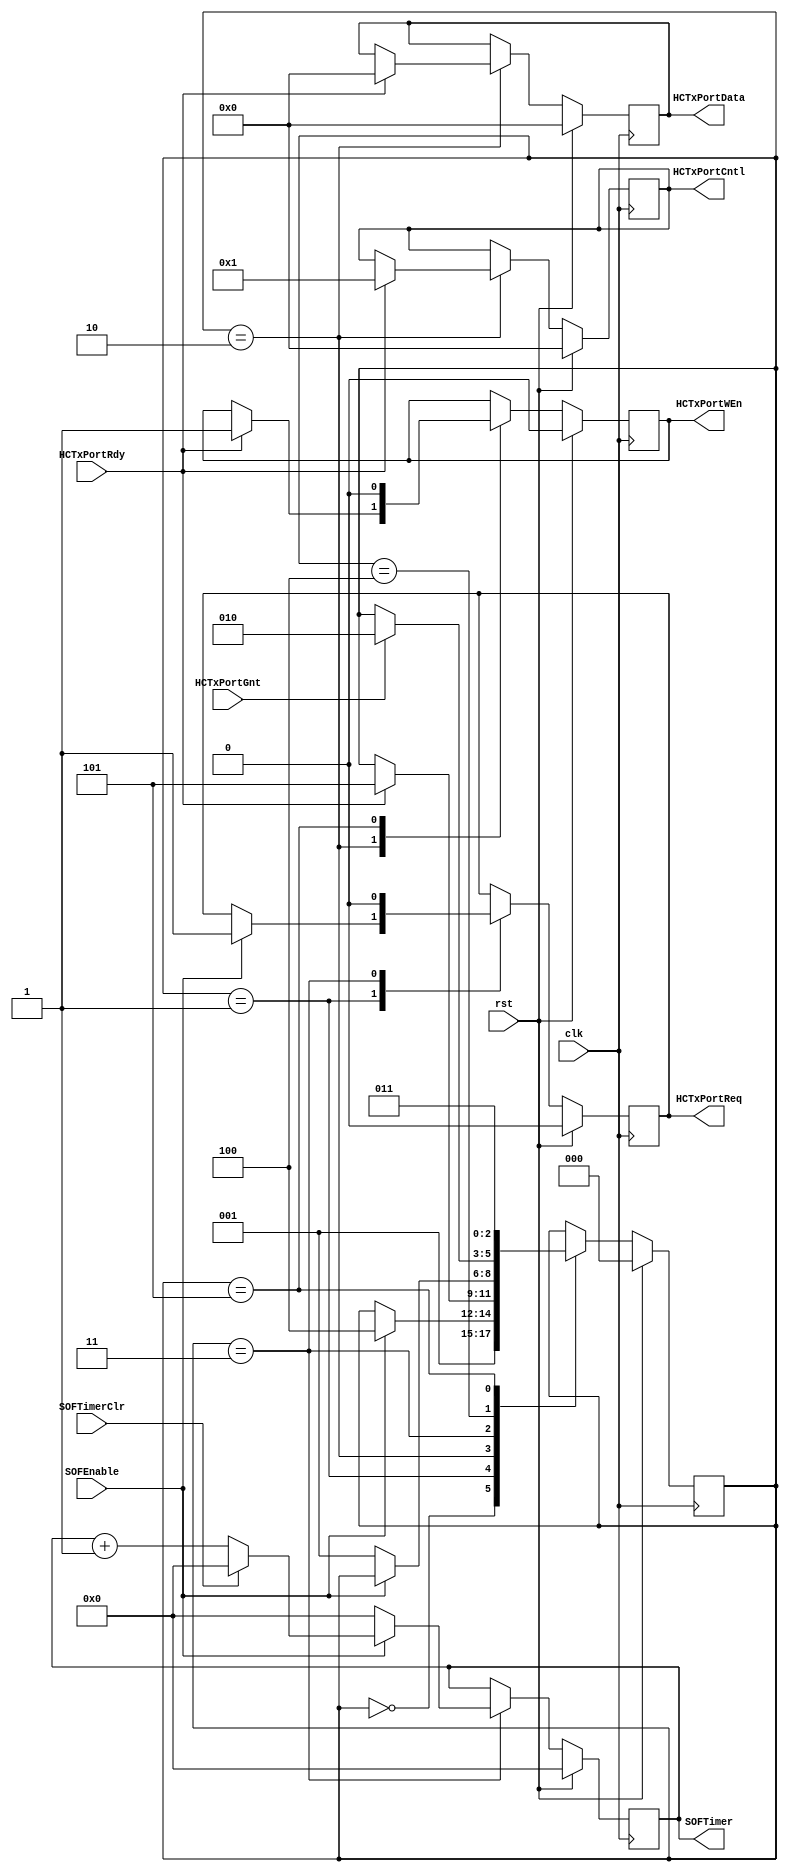
module SOFController (
	input				HCTxPortGnt,
	input				HCTxPortRdy,
	input				SOFEnable,
	input				SOFTimerClr,
	input				clk,
	input				rst,
	output	reg	[7:0]	HCTxPortCntl,
	output	reg	[7:0]	HCTxPortData,
	output	reg			HCTxPortReq,
	output	reg			HCTxPortWEn,
	output	reg	[15:0]	SOFTimer
);

	reg		[7:0]	next_HCTxPortCntl;
	reg		[7:0]	next_HCTxPortData;
	reg				next_HCTxPortReq;
	reg				next_HCTxPortWEn;
	reg		[15:0]	next_SOFTimer;

	reg		[2:0]	CurrState_sofCntl;
	reg		[2:0]	NextState_sofCntl;

	//--------------------------------------------------------------------
	// Machine: sofCntl
	//--------------------------------------------------------------------
	//----------------------------------
	// Next State Logic (combinatorial)
	//----------------------------------
	always@(*) begin
		NextState_sofCntl <= CurrState_sofCntl;
		// Set default values for outputs and signals
		next_HCTxPortReq <= HCTxPortReq;
		next_HCTxPortWEn <= HCTxPortWEn;
		next_HCTxPortData <= HCTxPortData;
		next_HCTxPortCntl <= HCTxPortCntl;
		next_SOFTimer <= SOFTimer;
		case(CurrState_sofCntl)
			3'd0: begin
				NextState_sofCntl <= 3'd1;
			end
			3'd1: begin
				if(SOFEnable) begin
					NextState_sofCntl <= 3'd4;
					next_HCTxPortReq <= 1'b1; end
			end
			3'd2: begin
				if(HCTxPortRdy)	begin
					NextState_sofCntl <= 3'd5;
					next_HCTxPortWEn <= 1'b1;
					next_HCTxPortData <= 8'h00;
					next_HCTxPortCntl <= 8'h01; end
			end
			3'd3: begin
				next_HCTxPortReq <= 1'b0;
				if(SOFTimerClr)	next_SOFTimer <= 16'h0000;
				else			next_SOFTimer <= SOFTimer + 1'b1;
				if(~SOFEnable) begin
					NextState_sofCntl <= 3'd1;
					next_SOFTimer <= 16'h0000; end
			end
			3'd4: begin
				if(HCTxPortGnt)	NextState_sofCntl <= 3'd2;
			end
			3'd5: begin
				next_HCTxPortWEn <= 1'b0;
				NextState_sofCntl <= 3'd3;
			end
		endcase
	end

	//----------------------------------
	// Current State Logic (sequential)
	//----------------------------------
	always@(posedge clk) begin
		if(rst)	CurrState_sofCntl <= 3'd0;
		else	CurrState_sofCntl <= NextState_sofCntl;
	end

	//----------------------------------
	// Registered outputs logic
	//----------------------------------
	always@(posedge clk) begin
		if(rst)	begin
			SOFTimer <= 16'h0000;
			HCTxPortCntl <= 8'h00;
			HCTxPortData <= 8'h00;
			HCTxPortWEn <= 1'b0;
			HCTxPortReq <= 1'b0; end
		else begin
			SOFTimer <= next_SOFTimer;
			HCTxPortCntl <= next_HCTxPortCntl;
			HCTxPortData <= next_HCTxPortData;
			HCTxPortWEn <= next_HCTxPortWEn;
			HCTxPortReq <= next_HCTxPortReq; end
	end

endmodule